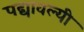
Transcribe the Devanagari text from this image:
पद्यावल्यी